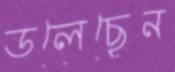
ডলেছেন